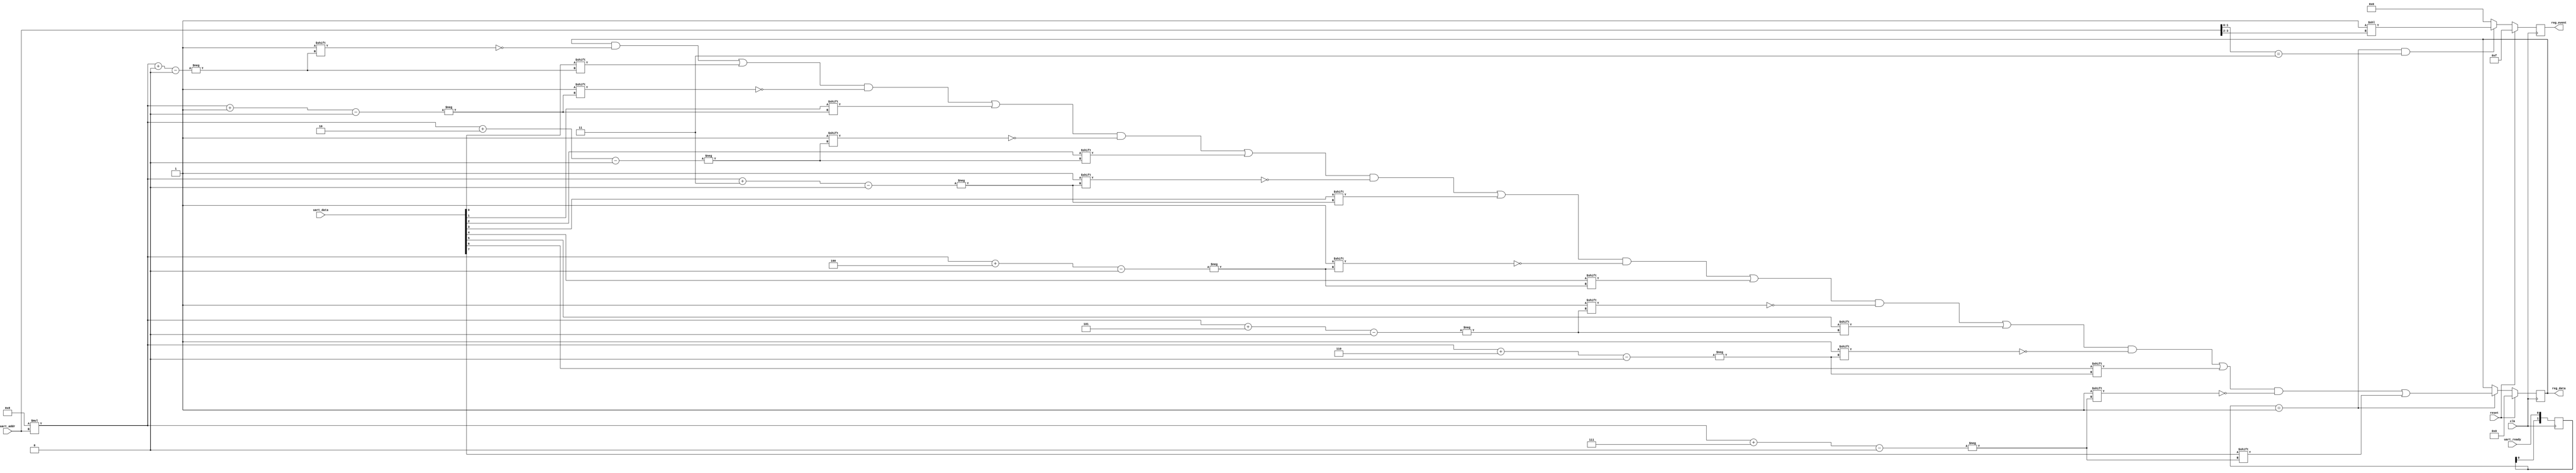
// Title:   Serial UART and register decoder
// URL:     https://github.com/wallieeverest/tt04
// License: Apache 2.0
//
// Description:
//   Decodes serial bytes onto a register array
//
//   The 16 byte register array is configured as four banks of four registers each.
//   One bit in reg_event[] is pulsed after receiving the top register in each bank.

`default_nettype none

module registers (
  input  wire clk,
  input  wire reset,
  input  wire [3:0] uart_addr,   // serial address
  input  wire [7:0] uart_data,   // serial data
  input  wire uart_ready,        // data ready
  output reg  [127:0] reg_data,  // flattened array of 16 bytes (128 bits)
  output reg  [3:0] reg_event
);

  reg [1:0] edge_detect;
  wire uart_event = ( edge_detect == 2'b01 );  // rising edge of uart ready

  always @( posedge clk ) begin : registers_detect
    edge_detect <= {edge_detect[0], uart_ready};
  end

  always @( posedge clk ) begin : registers_event
    if ( reset ) begin
      reg_event <= ~0;  // clear all sound modules
    end else begin
      if ( uart_event && ( uart_addr[1:0] == 3 ))  // event for high-order register in bank
        reg_event <= 4'h1 << uart_addr[3:2];
      else
        reg_event <= 0;
    end
  end

  always @( posedge clk ) begin : registers_decode
    if ( reset ) begin
      reg_data <= 0;
    end else begin
      if ( uart_event ) begin // capture inbound data
        reg_data[8*uart_addr+0] <= uart_data[0];
        reg_data[8*uart_addr+1] <= uart_data[1];
        reg_data[8*uart_addr+2] <= uart_data[2];
        reg_data[8*uart_addr+3] <= uart_data[3];
        reg_data[8*uart_addr+4] <= uart_data[4];
        reg_data[8*uart_addr+5] <= uart_data[5];
        reg_data[8*uart_addr+6] <= uart_data[6];
        reg_data[8*uart_addr+7] <= uart_data[7];
      end
    end
  end

endmodule